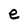
Character: e